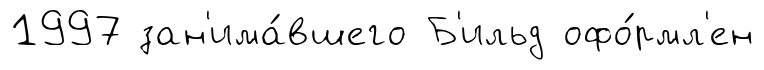
1997 зан'има́вшего Б'ильд офо́рмл'ен